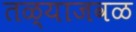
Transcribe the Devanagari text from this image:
तळ्याजवळ